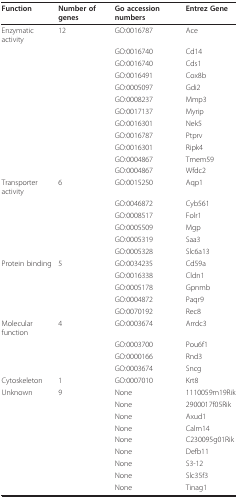
<table><thead><tr><td><b>Function</b></td><td><b>Number of genes</b></td><td><b>Go accession numbers</b></td><td><b>Entrez Gene</b></td></tr></thead><tbody><tr><td>Enzymatic activity</td><td>12</td><td>GO:0016787</td><td>Ace</td></tr><tr><td></td><td></td><td>GO:0016740</td><td>Cd14</td></tr><tr><td></td><td></td><td>GO:0016740</td><td>Cds1</td></tr><tr><td></td><td></td><td>GO:0016491</td><td>Cox8b</td></tr><tr><td></td><td></td><td>GO:0005097</td><td>Gdi2</td></tr><tr><td></td><td></td><td>GO:0008237</td><td>Mmp3</td></tr><tr><td></td><td></td><td>GO:0017137</td><td>Myrip</td></tr><tr><td></td><td></td><td>GO:0016301</td><td>Nek5</td></tr><tr><td></td><td></td><td>GO:0016787</td><td>Ptprv</td></tr><tr><td></td><td></td><td>GO:0016301</td><td>Ripk4</td></tr><tr><td></td><td></td><td>GO:0004867</td><td>Tmem59</td></tr><tr><td></td><td></td><td>GO:0004867</td><td>Wfdc2</td></tr><tr><td>Transporter activity</td><td>6</td><td>GO:0015250</td><td>Aqp1</td></tr><tr><td></td><td></td><td>GO:0046872</td><td>Cyb561</td></tr><tr><td></td><td></td><td>GO:0008517</td><td>Folr1</td></tr><tr><td></td><td></td><td>GO:0005509</td><td>Mgp</td></tr><tr><td></td><td></td><td>GO:0005319</td><td>Saa3</td></tr><tr><td></td><td></td><td>GO:0005328</td><td>Slc6a13</td></tr><tr><td>Protein binding</td><td>5</td><td>GO:0034235</td><td>Cd59a</td></tr><tr><td></td><td></td><td>GO:0016338</td><td>Cldn1</td></tr><tr><td></td><td></td><td>GO:0005178</td><td>Gpnmb</td></tr><tr><td></td><td></td><td>GO:0004872</td><td>Paqr9</td></tr><tr><td></td><td></td><td>GO:0070192</td><td>Rec8</td></tr><tr><td>Molecular function</td><td>4</td><td>GO:0003674</td><td>Arrdc3</td></tr><tr><td></td><td></td><td>GO:0003700</td><td>Pou6f1</td></tr><tr><td></td><td></td><td>GO:0000166</td><td>Rnd3</td></tr><tr><td></td><td></td><td>GO:0003674</td><td>Sncg</td></tr><tr><td>Cytoskeleton</td><td>1</td><td>GO:0007010</td><td>Krt8</td></tr><tr><td>Unknown</td><td>9</td><td>None</td><td>1110059m19Rik</td></tr><tr><td></td><td></td><td>None</td><td>2900017f05Rik</td></tr><tr><td></td><td></td><td>None</td><td>Axud1</td></tr><tr><td></td><td></td><td>None</td><td>Calm14</td></tr><tr><td></td><td></td><td>None</td><td>C230095g01Rik</td></tr><tr><td></td><td></td><td>None</td><td>Defb11</td></tr><tr><td></td><td></td><td>None</td><td>S3-12</td></tr><tr><td></td><td></td><td>None</td><td>Slc35f3</td></tr><tr><td></td><td></td><td>None</td><td>Tinag1</td></tr></tbody></table>